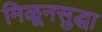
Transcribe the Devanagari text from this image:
मिळूनसुद्धा